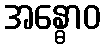
အန္ဓောဝ